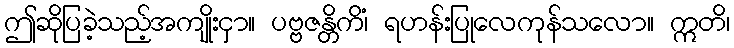
ဤဆိုပြခဲ့သည့်အကျိုးငှာ။ ပဗ္ဗဇန္တိကိံ၊ ရဟန်းပြုလေကုန်သလော။ ဣတိ၊